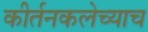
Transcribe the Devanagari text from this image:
कीर्तनकलेच्याच